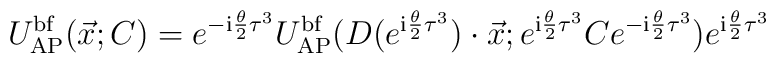
U^{\mathrm{bf}}_{\mathrm{AP}}(\vec x;C) =e^{-\mathrm{i} {\theta\over 2}\tau^3} U^{\mathrm{bf}}_{\mathrm{AP}} (D(e^{\mathrm{i} {\theta\over 2}\tau^3})\cdot\vec x;e^{\mathrm{i}{\theta\over 2}\tau^3} C e^{-\mathrm{i}{\theta\over 2}\tau^3})e^{\mathrm{i} {\theta\over 2}\tau^3}